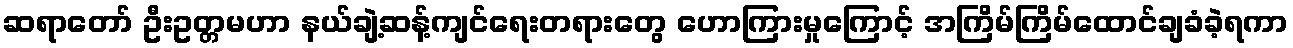
ဆရာတော် ဦးဥတ္တမဟာ နယ်ချဲ့ဆန့်ကျင်ရေးတရားတွေ ဟောကြားမှုကြောင့် အကြိမ်ကြိမ်ထောင်ချခံခဲ့ရကာ